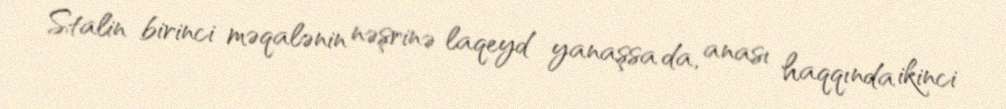
Stalin birinci məqalənin nəşrinə laqeyd yanaşsa da, anası haqqında ikinci